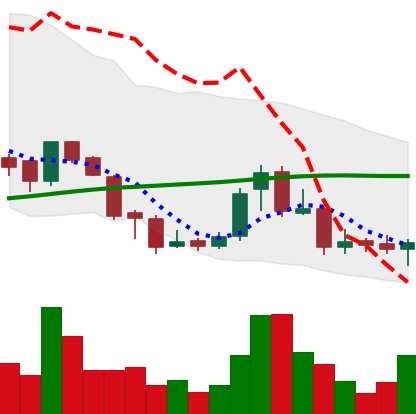
Ticker: BNB-USD
Chart end date: 2018-07-24
Forward return: 15.447%
Label: up_7plus